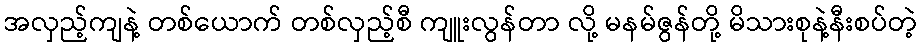
အလှည့်ကျနဲ့ တစ်ယောက် တစ်လှည့်စီ ကျူးလွန်တာ လို့ မနမ်ဇွန်တို့ မိသားစုနဲ့နီးစပ်တဲ့